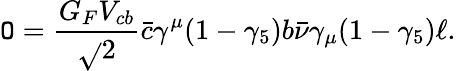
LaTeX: {\cal\mathtt{O}}=\frac{{G_{F}V_{cb}}}{{\sqrt{}{{2}}}}\bar{{c}}\gamma^{\mu}(1-\gamma_{5})b\bar{{\nu}}\gamma_{\mu}(1-\gamma_{5})\ell.